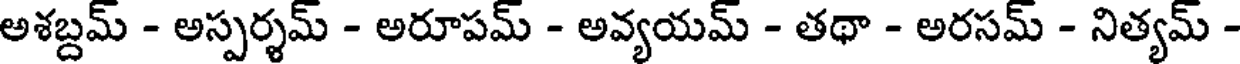
అశబ్దమ్ - అస్పర్శమ్ - అరూపమ్ - అవ్యయమ్ - తథా - అరసమ్ - నిత్యమ్ -